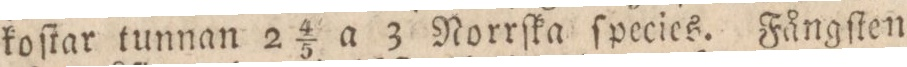
koſtar tunnan 2 4/5 a 3 Norrſka ſpecies. Fångſten